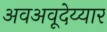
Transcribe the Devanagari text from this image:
अवअवूदेय्यार